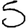
Digit: 5